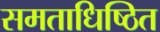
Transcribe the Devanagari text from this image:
समताधिष्ठित